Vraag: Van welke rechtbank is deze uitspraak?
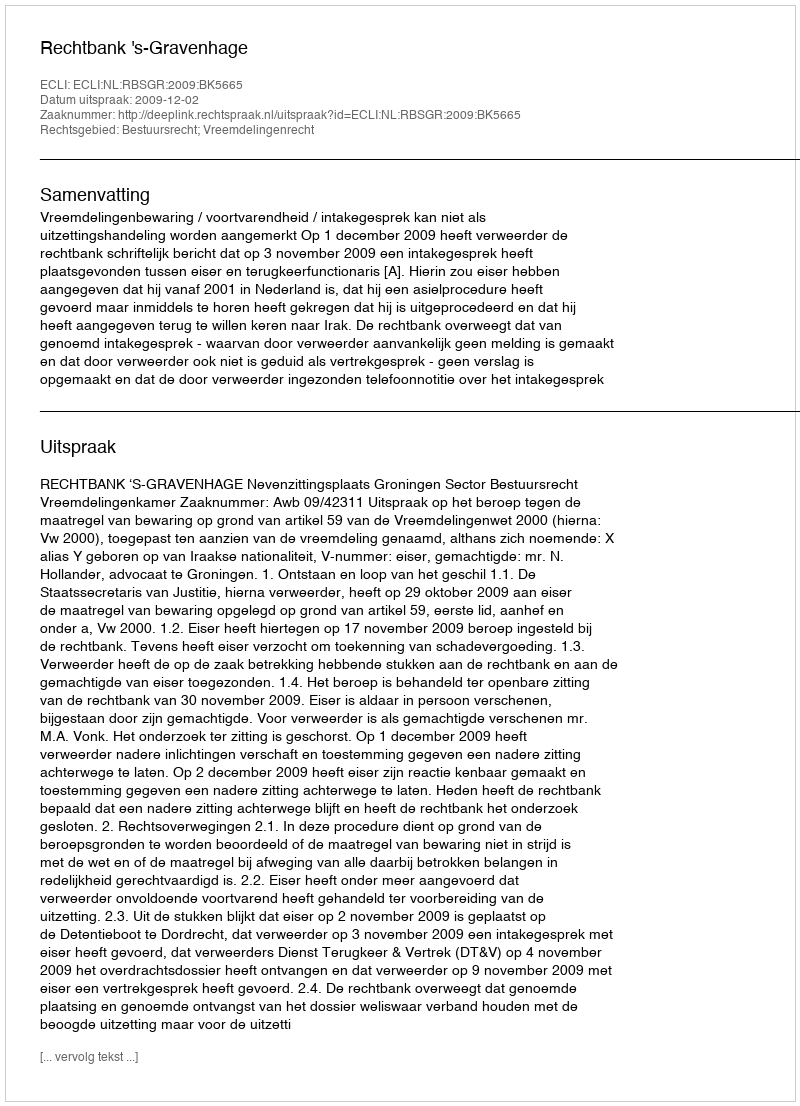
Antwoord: Rechtbank 's-Gravenhage